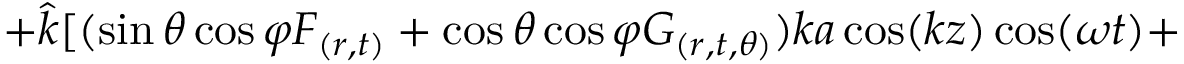
+ \hat { k } [ ( \sin \theta \cos \varphi F _ { ( r , t ) } + \cos \theta \cos \varphi G _ { ( r , t , \theta ) } ) k a \cos ( k z ) \cos ( \omega t ) +